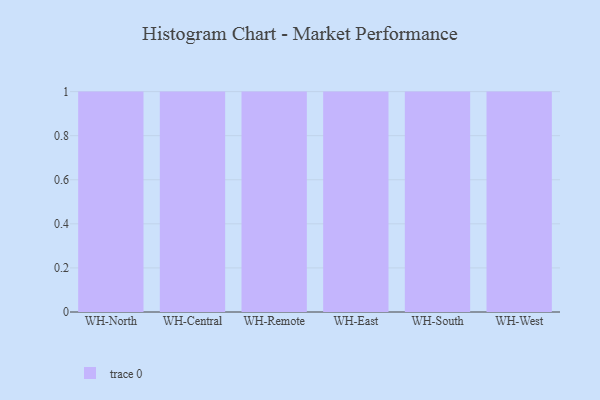
{"axis": {"x": "Warehouse", "y": "Churn Rate (%)"}, "legend": [""], "data": [{"x": "WH-North", "y": 77, "type": ""}, {"x": "WH-Central", "y": 26, "type": ""}, {"x": "WH-Remote", "y": 52, "type": ""}, {"x": "WH-East", "y": 56, "type": ""}, {"x": "WH-South", "y": 96, "type": ""}, {"x": "WH-West", "y": 65, "type": ""}]}